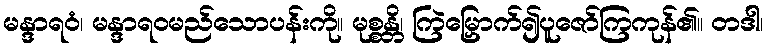
မန္ဒာရဝံ၊ မန္ဒာရဝမည်သောပန်းကို။ မုစ္စန္တိ၊ ကြဲမြှောက်၍ပူဇော်ကြကုန်၏။ တဒါ၊